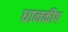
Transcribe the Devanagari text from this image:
धानकीप